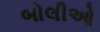
બોલીઓ